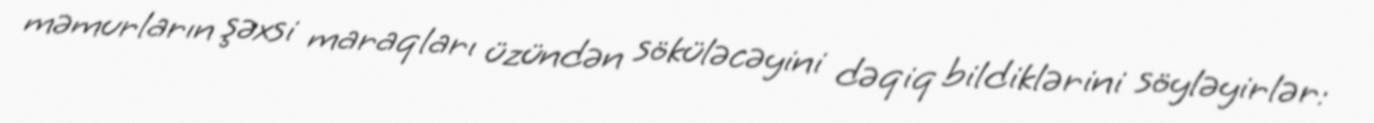
məmurların şəxsi maraqları üzündən söküləcəyini dəqiq bildiklərini söyləyirlər: